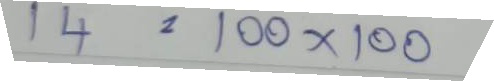
14 = 100 x 100